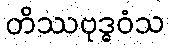
တိဿဗုဒ္ဓဝံသ